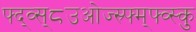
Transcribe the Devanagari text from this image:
फ्द्व्स्८उओज्स्र्फ्म्फ्व्स्कु